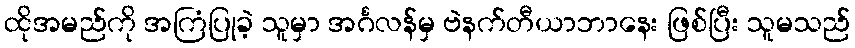
ထိုအမည်ကို အကြံပြုခဲ့ သူမှာ အင်္ဂလန်မှ ဗဲနက်တီယာဘာနေး ဖြစ်ပြီး သူမသည်